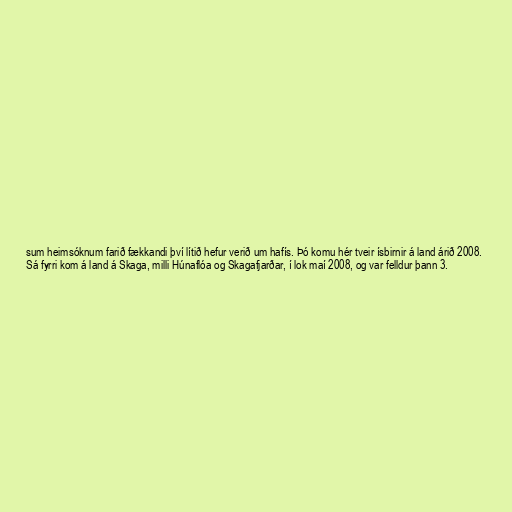
sum heimsóknum farið fækkandi því lítið hefur verið um hafís. Þó komu hér tveir ísbirnir á land árið 2008.
Sá fyrri kom á land á Skaga, milli Húnaflóa og Skagafjarðar, í lok maí 2008, og var felldur þann 3.